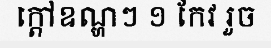
ក្តៅឧណ្ហៗ ១ កែវ រួច